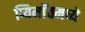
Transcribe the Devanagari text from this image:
प्यिमाँतमध्ये